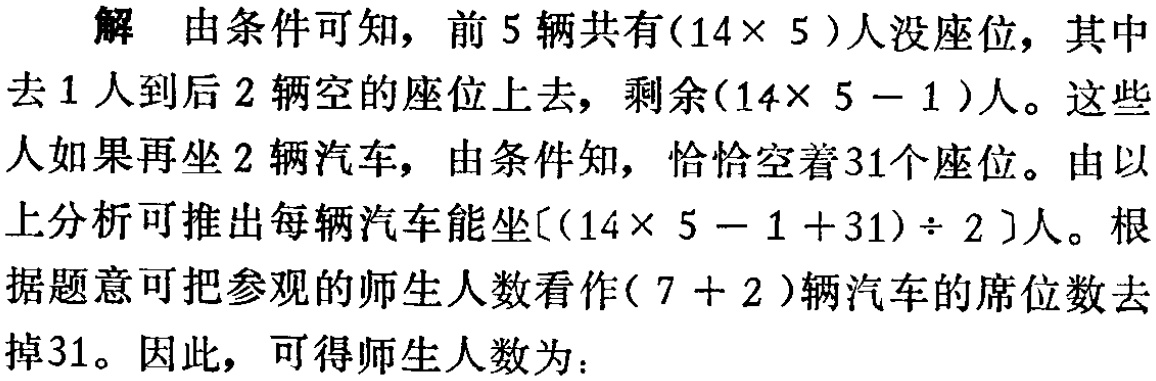
解 由条件可知，前 5 辆共有\((14\times 5)\)人没座位，其中去 1 人到后 2 辆空的座位上去，剩余\((14\times 5 - 1)\)人。这些人如果再坐 2 辆汽车，由条件知，恰恰空着 31 个座位。由以上分析可推出每辆汽车能坐\([(14\times 5 - 1 + 31)\div 2]\)人。根据题意可把参观的师生人数看作\((7 + 2)\)辆汽车的席位数去掉 31。因此，可得师生人数为：